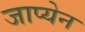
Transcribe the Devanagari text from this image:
जाप्येन